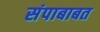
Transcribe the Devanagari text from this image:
संपाबाबत